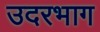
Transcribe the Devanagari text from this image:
उदरभाग